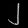
Digit: ၂